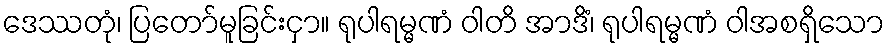
ဒေဿတုံ၊ ပြတော်မူခြင်းငှာ။ ရုပါရမ္မဏံ ဝါတိ အာဒိံ၊ ရုပါရမ္မဏံ ဝါအစရှိသော